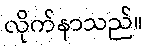
လိုက်နာသည်။